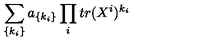
\sum _ { \{ k _ { i } \} } a _ { \{ k _ { i } \} } \prod _ { i } t r ( X ^ { i } ) ^ { k _ { i } }